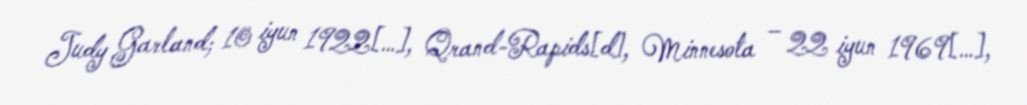
Judy Garland; 10 iyun 1922[…], Qrand-Rapids[d], Minnesota – 22 iyun 1969[…],